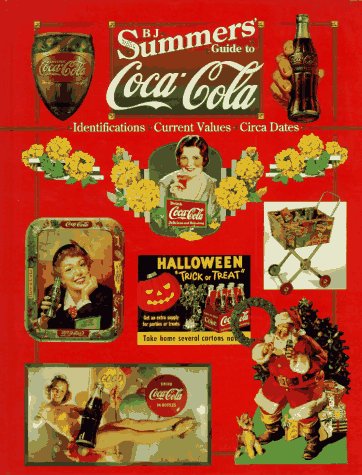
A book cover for B.J. Summers Guide to Coca-Cola: Identifications, Current Values, Circa Dates; B. J. Summers; Crafts, Hobbies & Home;